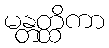
မန္တတ္ထိကာ